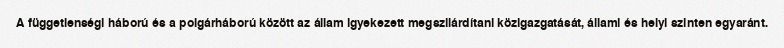
A függetlenségi háború és a polgárháború között az állam igyekezett megszilárdítani közigazgatását, állami és helyi szinten egyaránt.